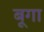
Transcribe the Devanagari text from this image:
बूगा